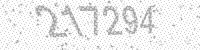
Solution: 217294